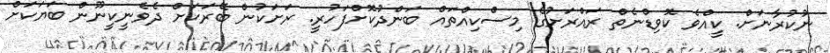
ނުކުރާނަށް. ކީއްވެ ކޮވިޑްނެތް ރައްރަށުގެ މިސްކިއްތައް ބަންދުކޮށްފަހުރީ. ރަށަކުން ބޭރަކަށް ދެވެނީކީނޫން ބަޔަކަށް